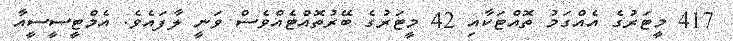
417 މީޓަރުގެ އެއްގަމު ތޮއްޓަކާއި 42 މީޓަރުގެ ބޭރުތޮއްޓެއްވެސް ވަނީ ލާފައެވެ. އެމްޓީސީސީއާ